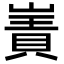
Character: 𫶑